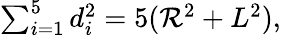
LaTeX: \textstyle\sum_{i=1}^{5}d_{i}^{2}=5(\mathcal{R}^{2}+L^{2}),